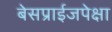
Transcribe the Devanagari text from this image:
बेसप्राईजपेक्षा